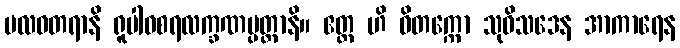
ဗလဝတရာနိ ရူပါဝစရလက္ခဏပ္ပတ္တာနိ။ ဧတ္ထ ဟိ ဝိတက္ကော သုဝိသဒေန အာကာရေန